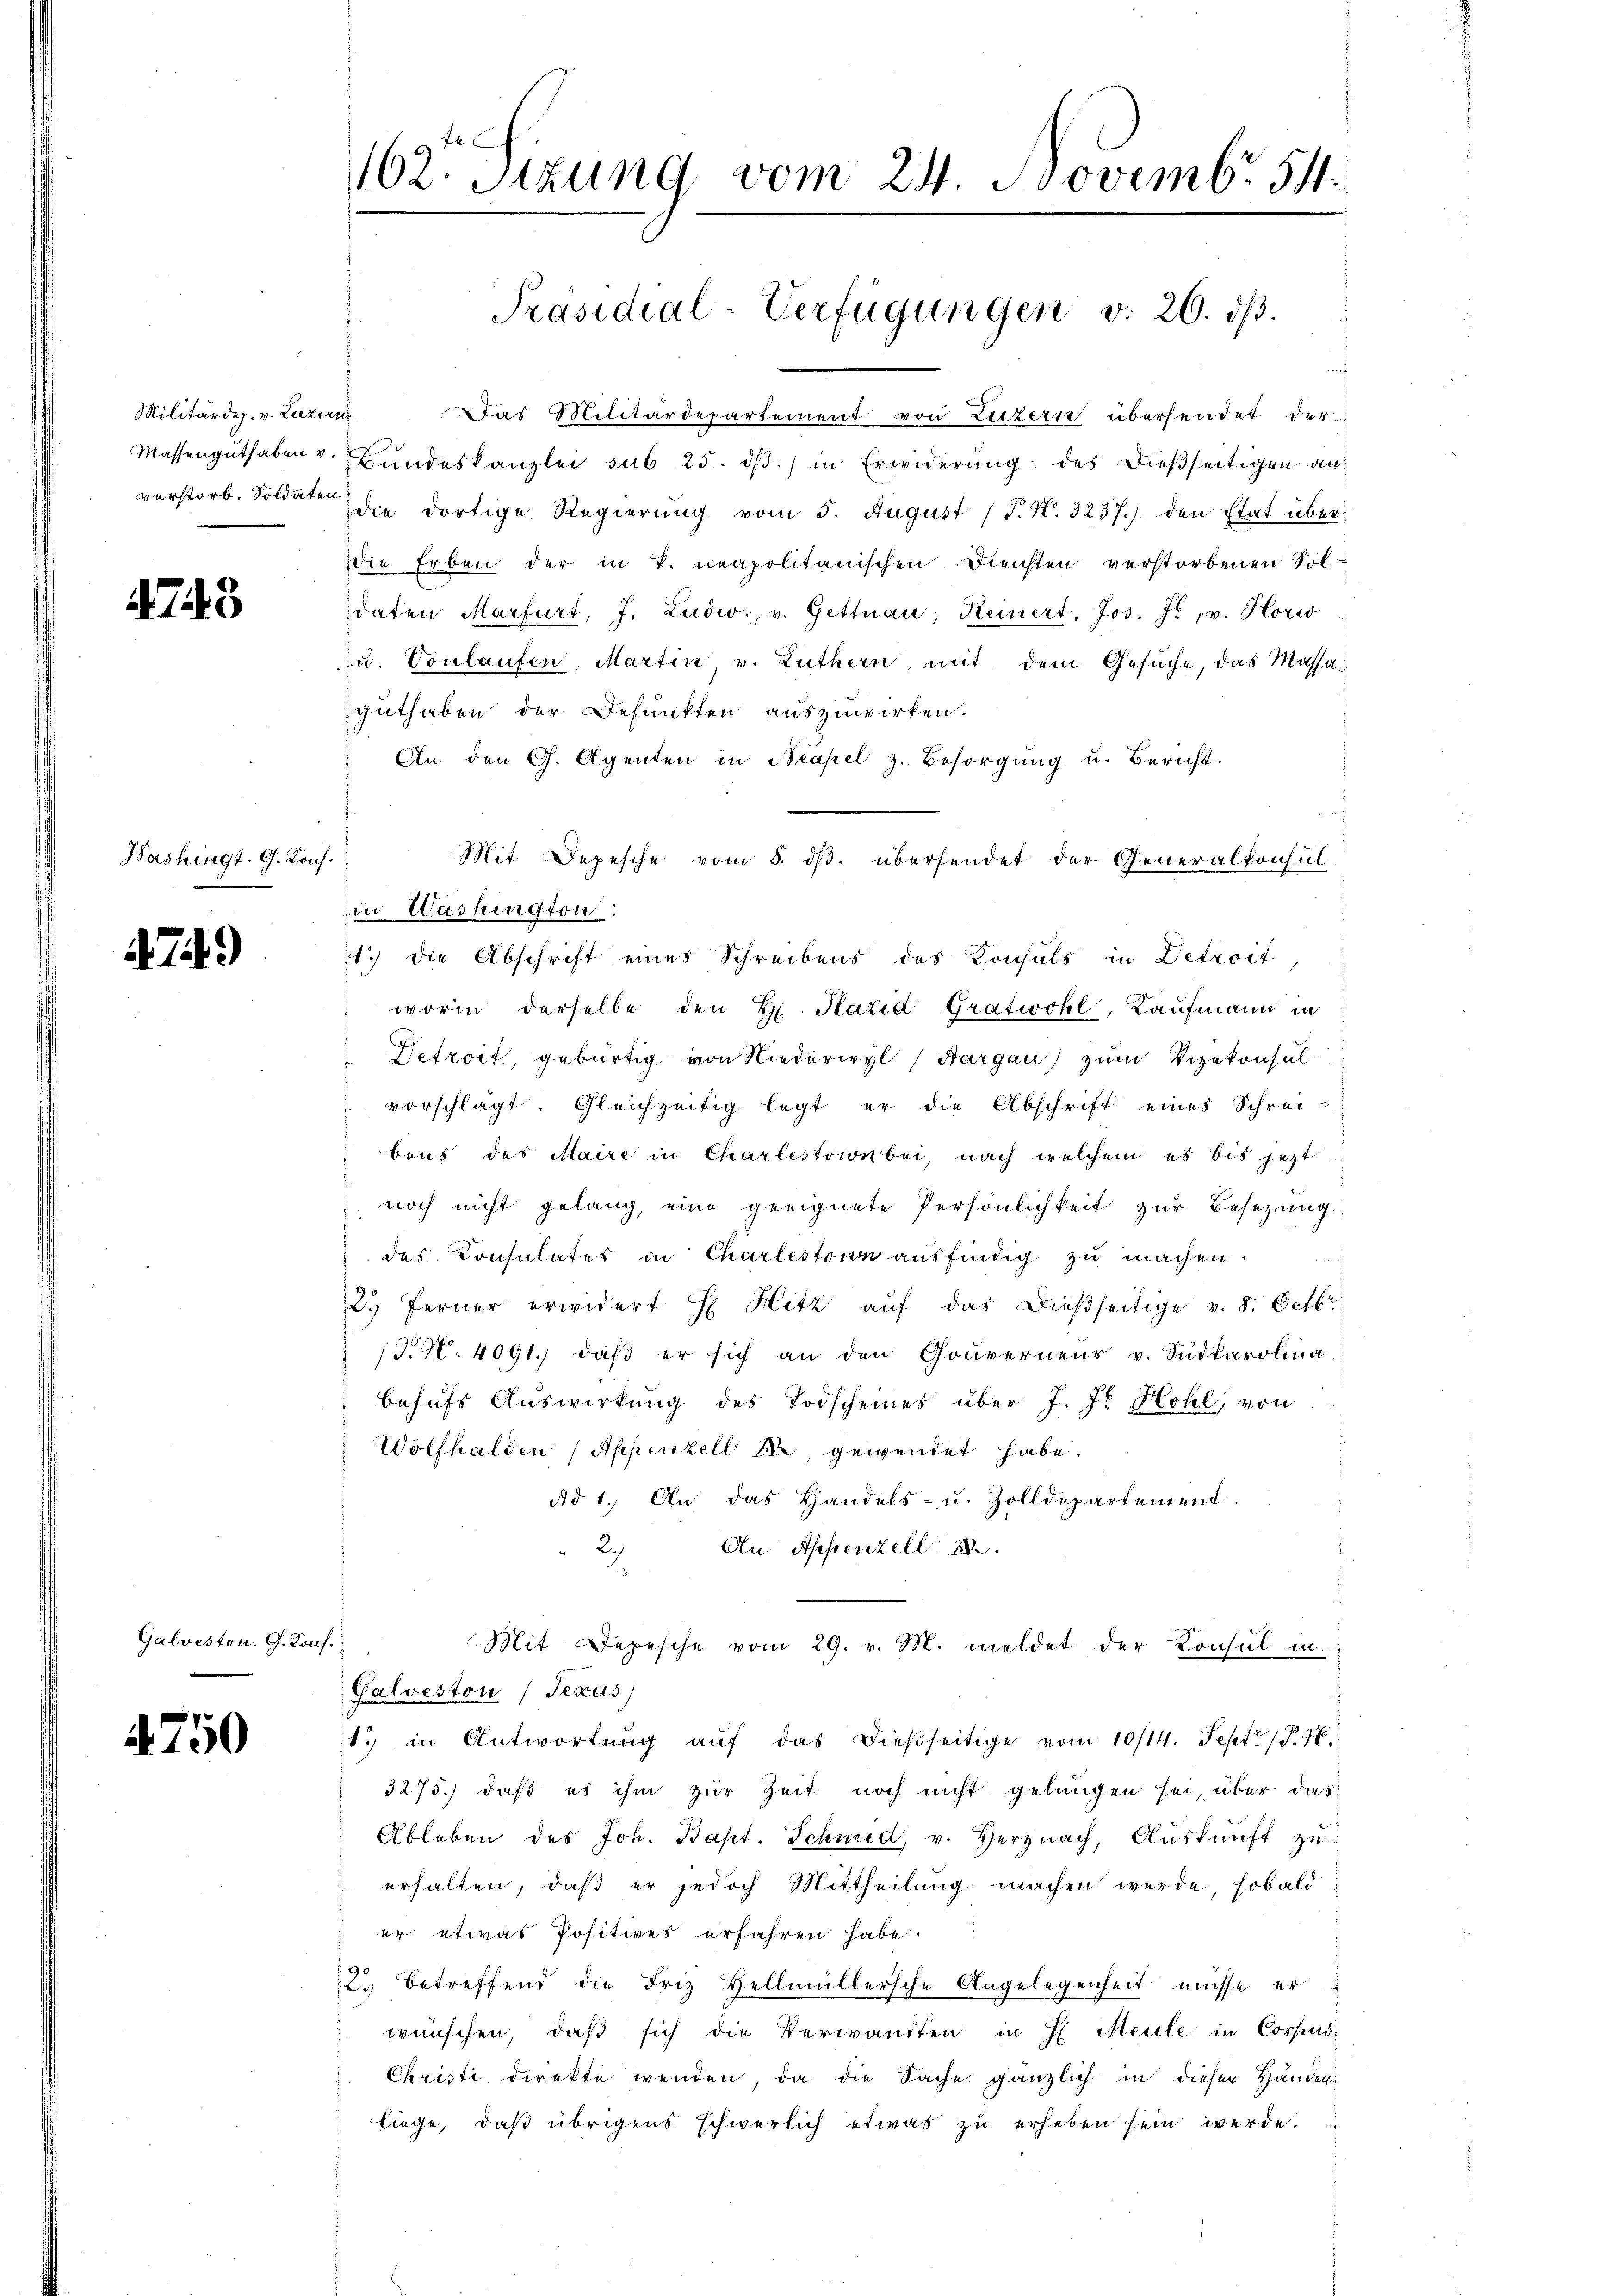
Militärdep. v. Luzern
verstorb. Soldaten

4743

Washingt. G. Kons.

. 74.)

Galveston. G. Konf.

4750

Das Militärdepartement von Luzern übersendet der
Massengŭthaben v. Bŭndeskanzlei sub 25. dβ in Erwiderŭng des dießseitigen an:
die dortige Regierung vom 5. August (T. N. 3237.) den Etat überdie Erben der in T. neapolitanischen Diensten verstorbenen Soldaten Marfurt, J. Ludw., v. Gettnau; Keinert. Jos. F. v. Hori
zu. Conlaufen, Martin, v. Luthern, mit dem Gesuche, das Massaguthaben der Defunkten auszuwirken.
 An den G. Agenten in Neapel z. Besorgŭng u. Bericht.
Mit Depesche vom 5. dβ. übersendet der Generalkonsul
in Washington:
1.) Die Abschrift eines Schreibens des Konsuls in Detroit,
worin derselbe den H. Paria Gratwohl, Kaufmann in
Detroit, gebürtig von Niederwyl (Aargau) zum Vizekonsulvorschlägt. Gleichzeitig legt er die Abschrift eines Schrei-
baus des Maire in Charlestion bei, nach welchem es bis jetzt
noch nicht gelang, eine geeignete Persönlichkeit zŭr Besetzung
des Konsulates in Charlestonn ausfindig zu machen.
2. Ferner erwidert H Hitz aŭf das dießseitige v. 8. Octbr.
(T.40. 4091. daβ er sich an den Gouverneur v. Südkarolina
behŭfs Auswirkung des Todscheines über J. J. Hohl, von
Wolfhalden (Appenzell die gewendet habe.
Ad 1. An das Handels- u. Zolldepartement.
" 2.) An Appenzell
Mit Depesche vom 29. v. M. meldet der Konsul in
Galveston Texas)
1. in Antwortŭng aŭf das dieβseitige vom 10/14. Sept. 196.
3275.) daß es ihm zur Zeit noch nicht gelungen sei, über das
Ableben des Joh. Bapt. Schweid, v. Herznach, Aŭskŭnft zŭ
erhalten, daß er jedoch Mittheilung machen werde, sobald
er etwas Positives erfahren habe.
2. betreffend die Friz Hellmüllersche Angelegenheit müsse er
 wünschen, daß sich die Verwandten in H. Meile in Cospur-
Christi direkte wenden, da die Sache gänzlich in diesen Händen
liege, daß übrigens schwerlich etwas zu erheben sein werde.

162. Sizung vom 24. Novembr. 511.

Präsidial-Verfügungen v. 26. dβ.